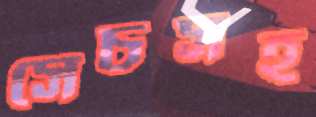
সেচসহ